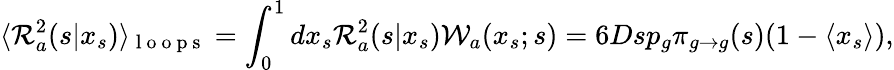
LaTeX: \langle{\cal R}_{a}^{2}(s|x_{s})\rangle_{\mathrm{~l~o~o~p~s~}}=\int_{0}^{1}dx_{s}{\cal R}_{a}^{2}(s|x_{s}){\cal W}_{a}(x_{s};s)=6Dsp_{g}\pi_{g\to g}(s)(1-\langle x_{s}\rangle),